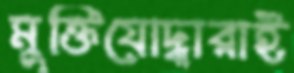
মুক্তিযোদ্ধারাই